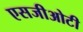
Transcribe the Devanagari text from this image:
एसजीओटी